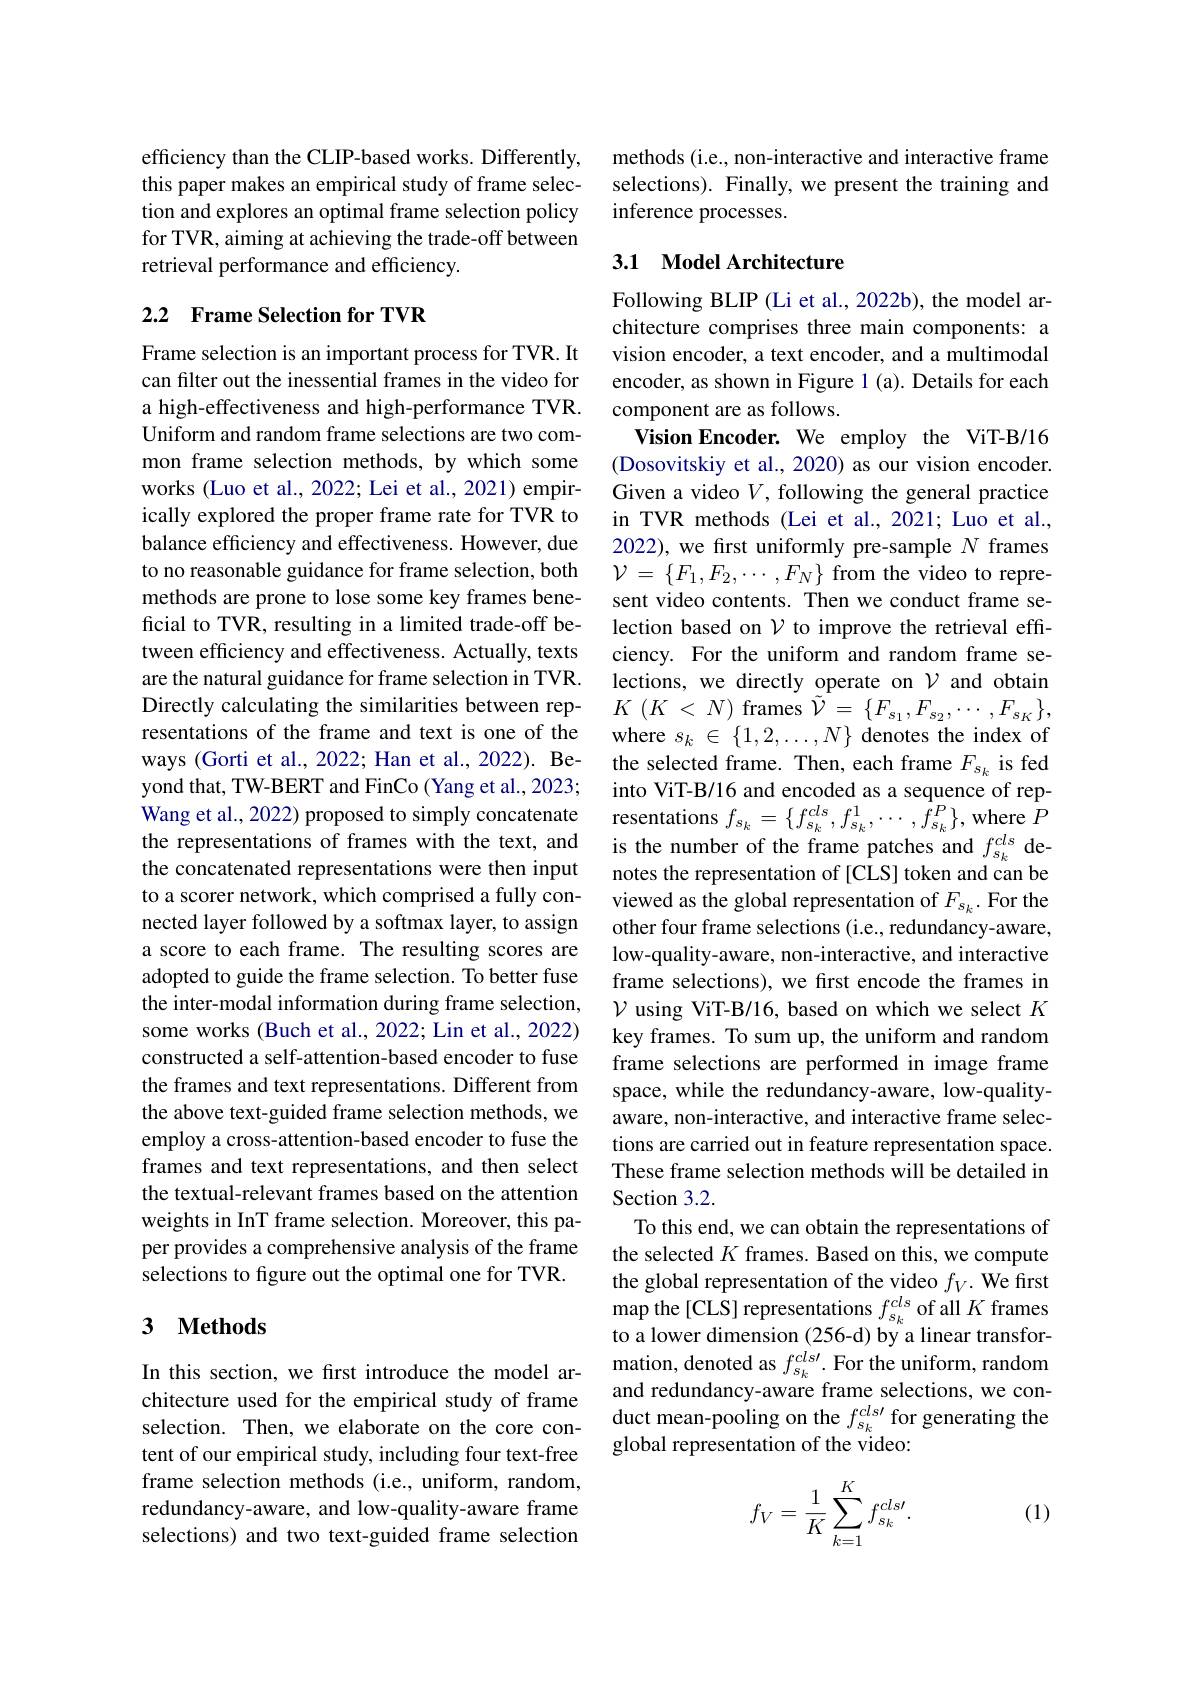
efficiency than the CLIP-based works. Differently, this paper makes an empirical study of frame selection and explores an optimal frame selection policy for TVR, aiming at achieving the trade-off between retrieval performance and efficiency.

## 2.2 Frame Selection for TVR

Frame selection is an important process for TVR. It can filter out the inessential frames in the video for a high-effectiveness and high-performance TVR. Uniform and random frame selections are two common frame selection methods, by which some works (Luo et al., 2022; Lei et al., 2021) empirically explored the proper frame rate for TVR to balance efficiency and effectiveness. However, due to no reasonable guidance for frame selection, both methods are prone to lose some key frames beneficial to TVR, resulting in a limited trade-off between efficiency and effectiveness. Actually, texts are the natural guidance for frame selection in TVR. Directly calculating the similarities between representations of the frame and text is one of the ways (Gorti et al., 2022; Han et al., 2022). Beyond that, TW-BERT and FinCo (Yang et al., 2023; Wang et al., 2022) proposed to simply concatenate the representations of frames with the text, and the concatenated representations were then input to a scorer network, which comprised a fully connected layer followed by a softmax layer, to assign a score to each frame. The resulting scores are adopted to guide the frame selection. To better fuse the inter-modal information during frame selection, some works (Buch et al., 2022; Lin et al., 2022) constructed a self-attention-based encoder to fuse the frames and text representations. Different from the above text-guided frame selection methods, we employ a cross-attention-based encoder to fuse the frames and text representations, and then select the textual-relevant frames based on the attention weights in InT frame selection. Moreover, this paper provides a comprehensive analysis of the frame selections to figure out the optimal one for TVR.

## 3 $\textbf{Methods}$

In this section, we frst introduce the model architecture used for the empirical study of frame selection. Then, we elaborate on the core content of our empirical study, including four text-free frame selection methods (i.e., uniform, random, redundancy-aware, and low-quality-aware frame selections) and two text-guided frame selection

methods (i.e., non-interactive and interactive frame selections). Finally, we present the training and inference processes.

## 3.1 Model Architecture

Following BLIP (Li et al., 2022b), the model architecture comprises three main components: a vision encoder, a text encoder, and a multimodal encoder, as shown in Figure 1 (a). Details for each component are as follows.
Vision Encoder. We employ the ViT-B/16 (Dosovitskiy et al., 2020) as our vision encoder. Given a video $V$, following the general practice in TVR methods (Lei et al., 2021; Luo et al., 2022), we frst uniformly pre-sample $N$ frames $\mathcal{V}=\{F_{1},F_{2},\cdots,F_{N}\}$ from the video to represent video contents. Then we conduct frame selection based on $\mathcal{V}$ to improve the retrieval efficiency. For the uniform and random frame selections, we directly operate on $\mathcal{V}$ and obtain $K$ $( K$ < $N)$ frames $\tilde{\mathcal{V} } =$ $\{ F_{s_{1}}, F_{s_{2}}, \cdots , F_{s_{K}}\} $, where $s_k\in\{1,2,\ldots,N\}$ denotes the index of the selected frame. Then, each frame $F_{s_k}$ is fed into ViT-B/16 and encoded as a sequence of representations $f_{s_k}=\{f_{s_k}^{cls},f_{s_k}^1,\cdots,\bar{f}_{s_k}^P\}$, where $P$ is the number of the frame patches and $f_{s_k}^{cls}$ denotes the representation of [CLS] token and can be viewed as the global representation of $F_{s_k}.$ For the other four frame selections (i.e., redundancy-aware, low-quality-aware, non-interactive, and interactive frame selections), we first encode the frames in $\mathcal{V}$ using ViT-B/16, based on which we select $K$ key frames. To sum up, the uniform and random frame selections are performed in image frame space, while the redundancy-aware, low-qualityaware, non-interactive, and interactive frame selections are carried out in feature representation space. These frame selection methods will be detailed in Section 3.2.
To this end, we can obtain the representations of the selected $K$ frames. Based on this, we compute the global representation of the video $f_V.$ We first map the [CLS] representations $f_{s_k}^{cls}$ of all $K$ frames to a lower dimension (256-d) by a linear transformation, denoted as $f_{s_k}^{cls\prime}.$ For the uniform, random and redundancy-aware frame selections, we conduct mean-pooling on the $f_{s_k}^{cls\prime}$ for generating the global representation of the video:

(1)
$$f_V=\dfrac{1}{K}\sum_{k=1}^Kf_{s_k}^{cls\prime}.$$